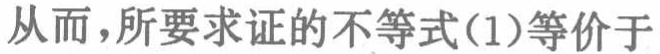
从而，所要求证的不等式(1)等价于